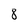
Character: 8